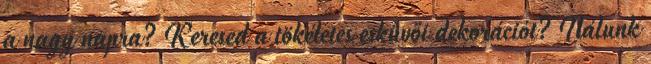
a nagy napra? Keresed a tökéletes esküvői dekorációt? Nálunk